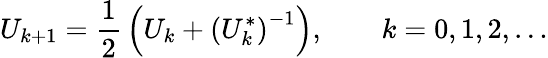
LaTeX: U_{k+1}={\frac{1}{2}}\left(U_{k}+\left(U_{k}^{*}\right)^{-1}\right),\qquad k=0,1,2,\ldots